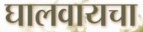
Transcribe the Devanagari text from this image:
घालवायचा